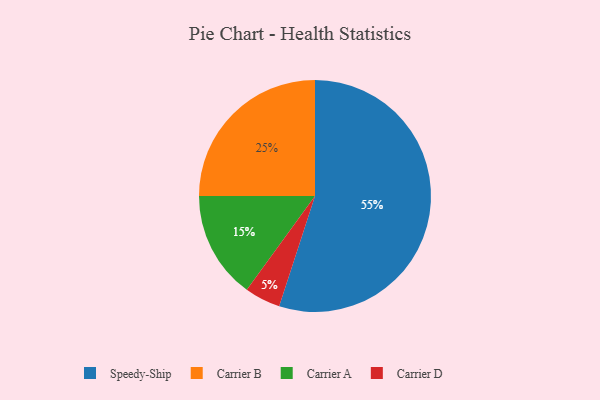
{"axis": {"x": "Category", "y": "Percentage"}, "legend": ["Carrier A", "Carrier B", "Carrier D", "Speedy-Ship"], "data": [{"x": "Carrier B", "y": 25, "type": "Carrier B"}, {"x": "Speedy-Ship", "y": 55, "type": "Speedy-Ship"}, {"x": "Carrier A", "y": 15, "type": "Carrier A"}, {"x": "Carrier D", "y": 5, "type": "Carrier D"}]}